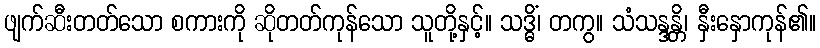
ဖျက်ဆီးတတ်သော စကားကို ဆိုတတ်ကုန်သော သူတို့နှင့်။ သဒ္ဓိံ၊ တကွ။ သံသန္ဒန္တိ၊ နှီးနှောကုန်၏။